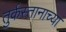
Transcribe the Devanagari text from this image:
तुर्कस्तानाच्या